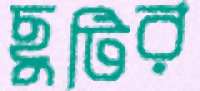
ছুটির